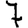
Digit: 7